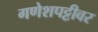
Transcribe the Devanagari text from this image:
गणेशपट्टीवर